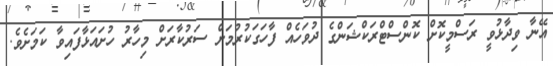
އޭނާ ވިދާޅުވީ ރަސްމީކޮށް ކޮންސްޓްރަކްޝަންގެ ދުވަހެއް ފާހަގަކުރުމަށް ސަރުކާރަށް މިހާރު ހުށައަޅާފައިވާ ކަމަށެވެ.